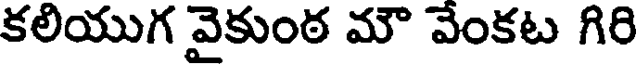
కలియుగ వైకుంఠ మౌ వేంకట గిరి